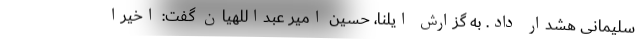
سلیمانی هشدار داد. به گزارش ایلنا، حسین امیر عبداللهیان گفت: اخیرا